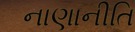
નાણાનીતિ